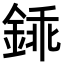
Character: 𨧰